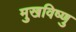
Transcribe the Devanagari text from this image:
मुखविष्णु